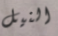
النيل